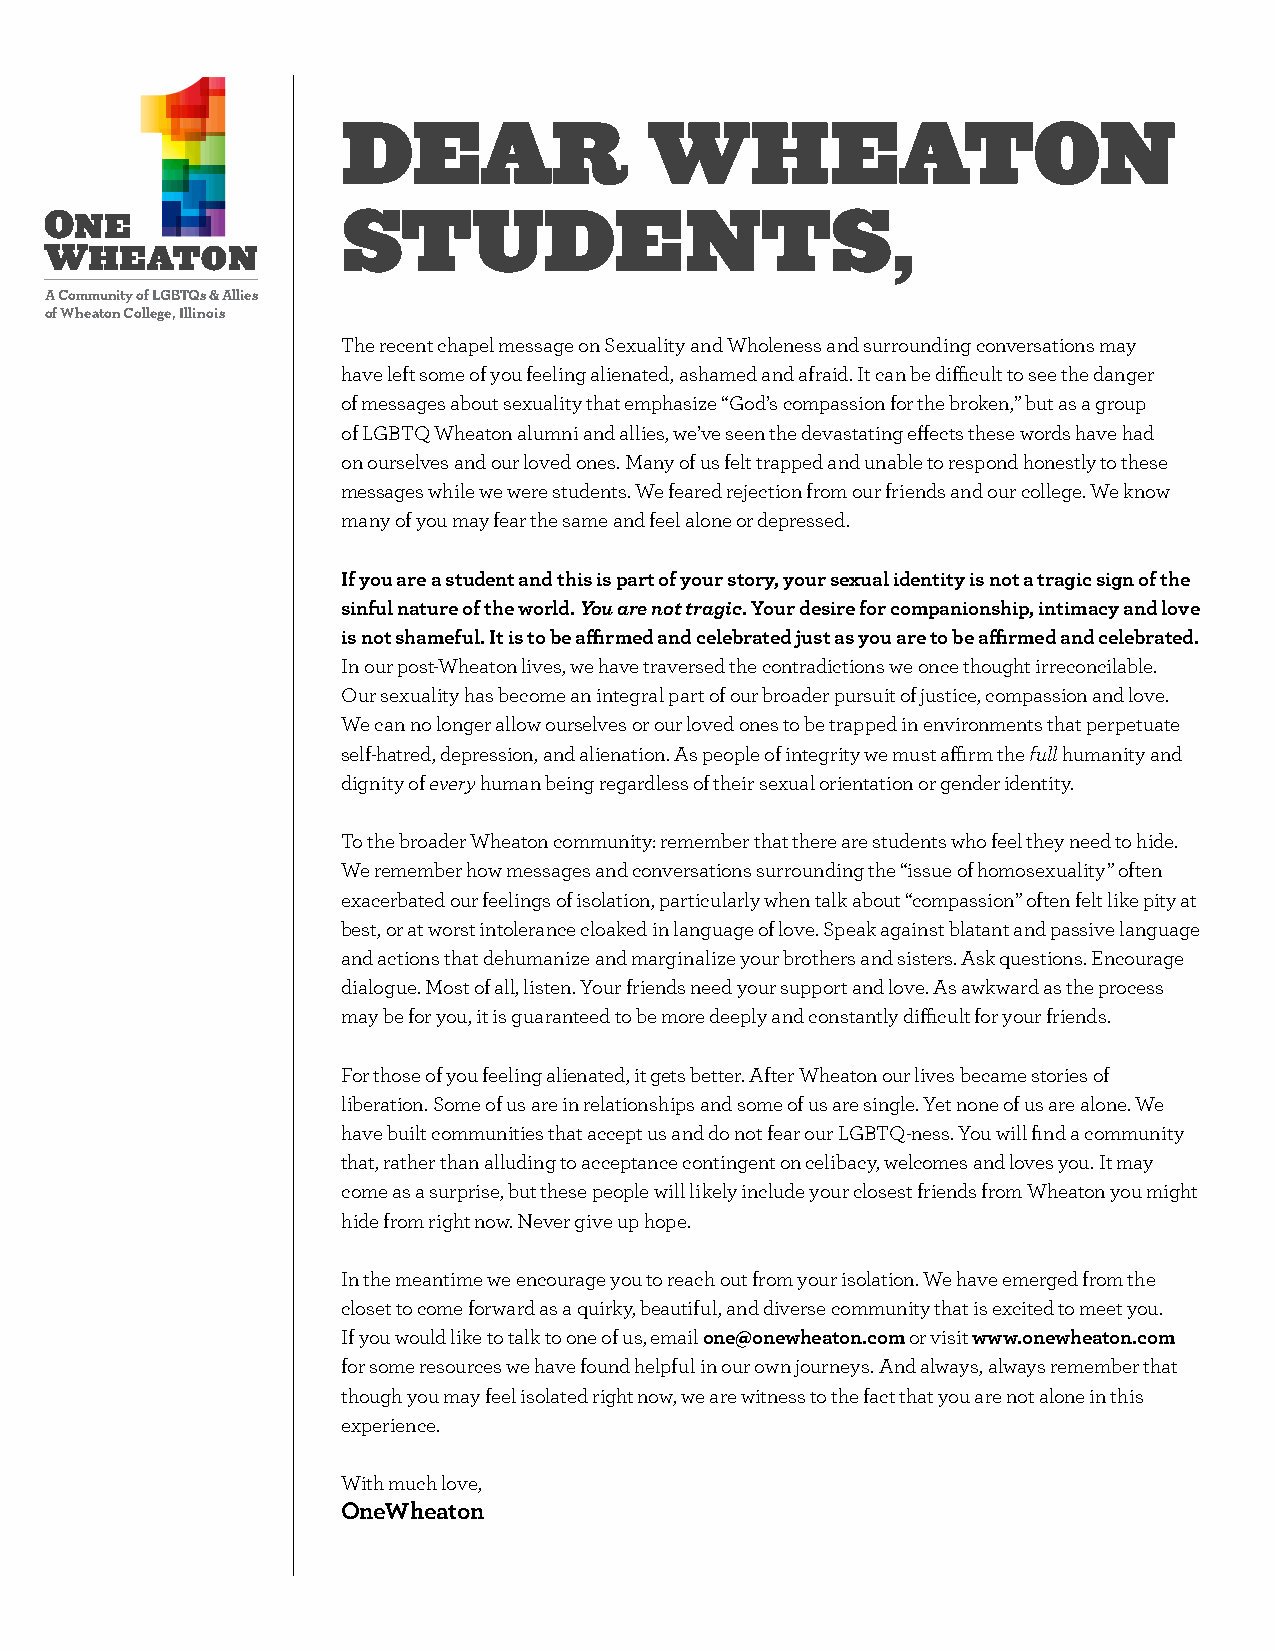
ONE                       ONE
 WHEATON                   WHEATON
 A Community of LGBTQs & Allies A Community of LGBTQs & Allies
 of Wheaton College, Illinois of Wheaton College, Illinois
 DEAR                WHEATON
 ONE                 STONUE       DENTS,
 WHEATON                   WHEATON
 A Community of LGBTQs & Allies A Community of LGBTQs & Allies
 of Wheaton College, Illinois of Wheaton College, Illinois
 The recent chapel message on Sexuality and Wholeness and surrounding conversations may
 have left some of you feeling alienated, ashamed and afraid. It can be difficult to see the danger
 of messages about sexuality that emphasize “God’s compassion for the broken,” but as a group
 of LGBTQ Wheaton alumni and allies, we’ve seen the devastating effects these words have had
 on ourselves and our loved ones. Many of us felt trapped and unable to respond honestly to these
 messages while we were students. We feared rejection from our friends and our college. We know
 many of you may fear the same and feel alone or depressed.
 If you are a student and this is part of your story, your sexual identity is not a tragic sign of the
 sinful nature of the world. You are not tragic. Your desire for companionship, intimacy and love
 is not shameful. It is to be affirmed and celebrated just as you are to be affirmed and celebrated.
 In our post-Wheaton lives, we have traversed the contradictions we once thought irreconcilable.
 Our sexuality has become an integral part of our broader pursuit of justice, compassion and love.
 We can no longer allow ourselves or our loved ones to be trapped in environments that perpetuate
 self-hatred, depression, and alienation. As people of integrity we must affirm the full humanity and
 dignity of every human being regardless of their sexual orientation or gender identity.
 To the broader Wheaton community: remember that there are students who feel they need to hide.
 We remember how messages and conversations surrounding the “issue of homosexuality” often
 exacerbated our feelings of isolation, particularly when talk about “compassion” often felt like pity at
 best, or at worst intolerance cloaked in language of love. Speak against blatant and passive language
 and actions that dehumanize and marginalize your brothers and sisters. Ask questions. Encourage
 dialogue. Most of all, listen. Your friends need your support and love. As awkward as the process
 may be for you, it is guaranteed to be more deeply and constantly difficult for your friends.
 For those of you feeling alienated, it gets better. After Wheaton our lives became stories of
 liberation. Some of us are in relationships and some of us are single. Yet none of us are alone. We
 have built communities that accept us and do not fear our LGBTQ-ness. You will find a community
 that, rather than alluding to acceptance contingent on celibacy, welcomes and loves you. It may
 come as a surprise, but these people will likely include your closest friends from Wheaton you might
 hide from right now. Never give up hope.
 In the meantime we encourage you to reach out from your isolation. We have emerged from the
 closet to come forward as a quirky, beautiful, and diverse community that is excited to meet you.
 If you would like to talk to one of us, email one@onewheaton.com or visit www.onewheaton.com
 for some resources we have found helpful in our own journeys. And always, always remember that
 though you may feel isolated right now, we are witness to the fact that you are not alone in this
 experience.
 With much love,
 OneWheaton